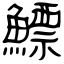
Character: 鰾